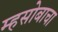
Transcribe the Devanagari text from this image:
म्हसोबाचा